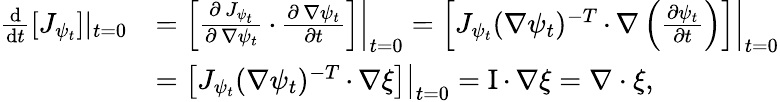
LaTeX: \begin{array}{rl}{\frac{\mathrm{d}}{\mathrm{d}t}\left[J_{\psi_{t}}\right]|_{t=0}}&{=\left.\left[\frac{\partial\, J_{\psi_{t}}}{\partial\, \nabla\psi_{t}}\, {\cdot}\, \frac{\partial\, \nabla\psi_{t}}{\partial t}\right]\right|_{t=0}=\left.\left[J_{\psi_{t}}(\nabla\psi_{t})^{-T}\, {\cdot}\, \nabla\left(\frac{\partial\psi_{t}}{\partial t}\right)\right]\right|_{t=0}}\\ &{=\left.\left[J_{\psi_{t}}(\nabla\psi_{t})^{-T}\, {\cdot}\, \nabla\xi\right]\right|_{t=0}=\mathrm{I}\, {\cdot}\, \nabla\xi=\nabla\cdot\xi,}\end{array}